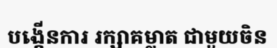
បង្កើនការ រក្សាគម្លាត ជាមួយចិន